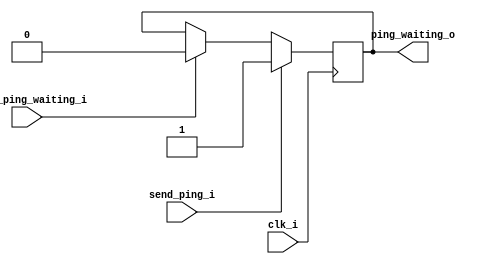
module ping_waiting_register (
	input clk_i,
	input send_ping_i,
	input reset_ping_waiting_i,
	output ping_waiting_o
);

reg waiting_d, waiting_q;
assign ping_waiting_o = waiting_q;

always @(*) begin
	waiting_d = waiting_q;

	if (send_ping_i)
		waiting_d = 1'b1;
	else if (reset_ping_waiting_i)
		waiting_d = 1'b0;
end

always @(posedge clk_i) begin
	waiting_q <= waiting_d;
end

endmodule